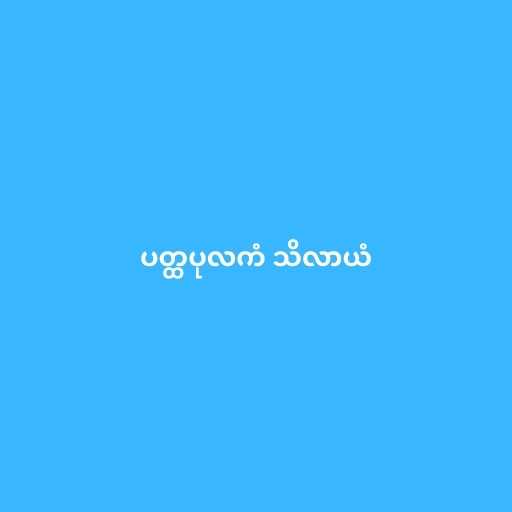
ပတ္ထပုလကံ သိလာယံ